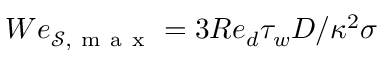
W e _ { \mathcal { S , \mathrm { ~ m ~ a ~ x ~ } } } = 3 R e _ { d } \tau _ { w } D / \kappa ^ { 2 } \sigma